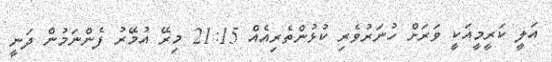
އަލީ ކަރީމީއަކީ ވަރަށް ހުނަރުވެރި ކުޅުންތެރިއެއް 21:15 މިރޭ އުމޭރު ފެންނަމުން ދަނީ